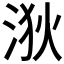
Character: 𪶆